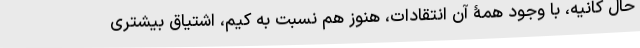
حال کانیه، با وجود همۀ آن انتقادات، هنوز هم نسبت به کیم، اشتیاق بیشتری